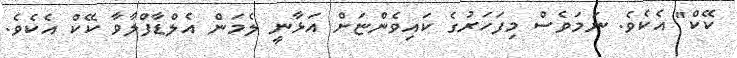
ކޭކް" އެކެވެ. ނަމަވެސް މިފަހަރުގެ ކައިވެންޏަށް އަޅާނީ ލެމަން އެލްޑާފްލާވާ ކޭކް އެކެވެ.